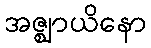
အဇ္ဈာယိနော